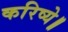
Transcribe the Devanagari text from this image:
करिष्ये॥